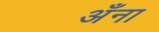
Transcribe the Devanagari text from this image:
अँना